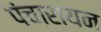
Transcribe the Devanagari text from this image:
पंचारायन